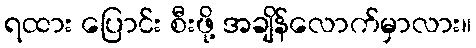
ရထား ပြောင်း စီးဖို့ အချိန်လောက်မှာလား။